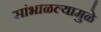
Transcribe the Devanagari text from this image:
सांभाळल्यामुळे